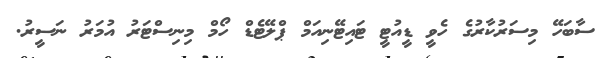
ސާބަހޭ މިސަރުކާރުގެ ހެވީ ޑީއުޓީ ޓައިޓޭނިއަމް ޕްލޭޓެޑް ހޯމް މިނިސްޓަރު އުމަރު ނަސީރު.